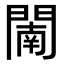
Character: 𨵴